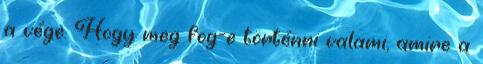
a vége. Hogy meg fog-e történni valami, amire a